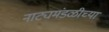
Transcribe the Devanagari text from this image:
नाट्यमंडळीच्या